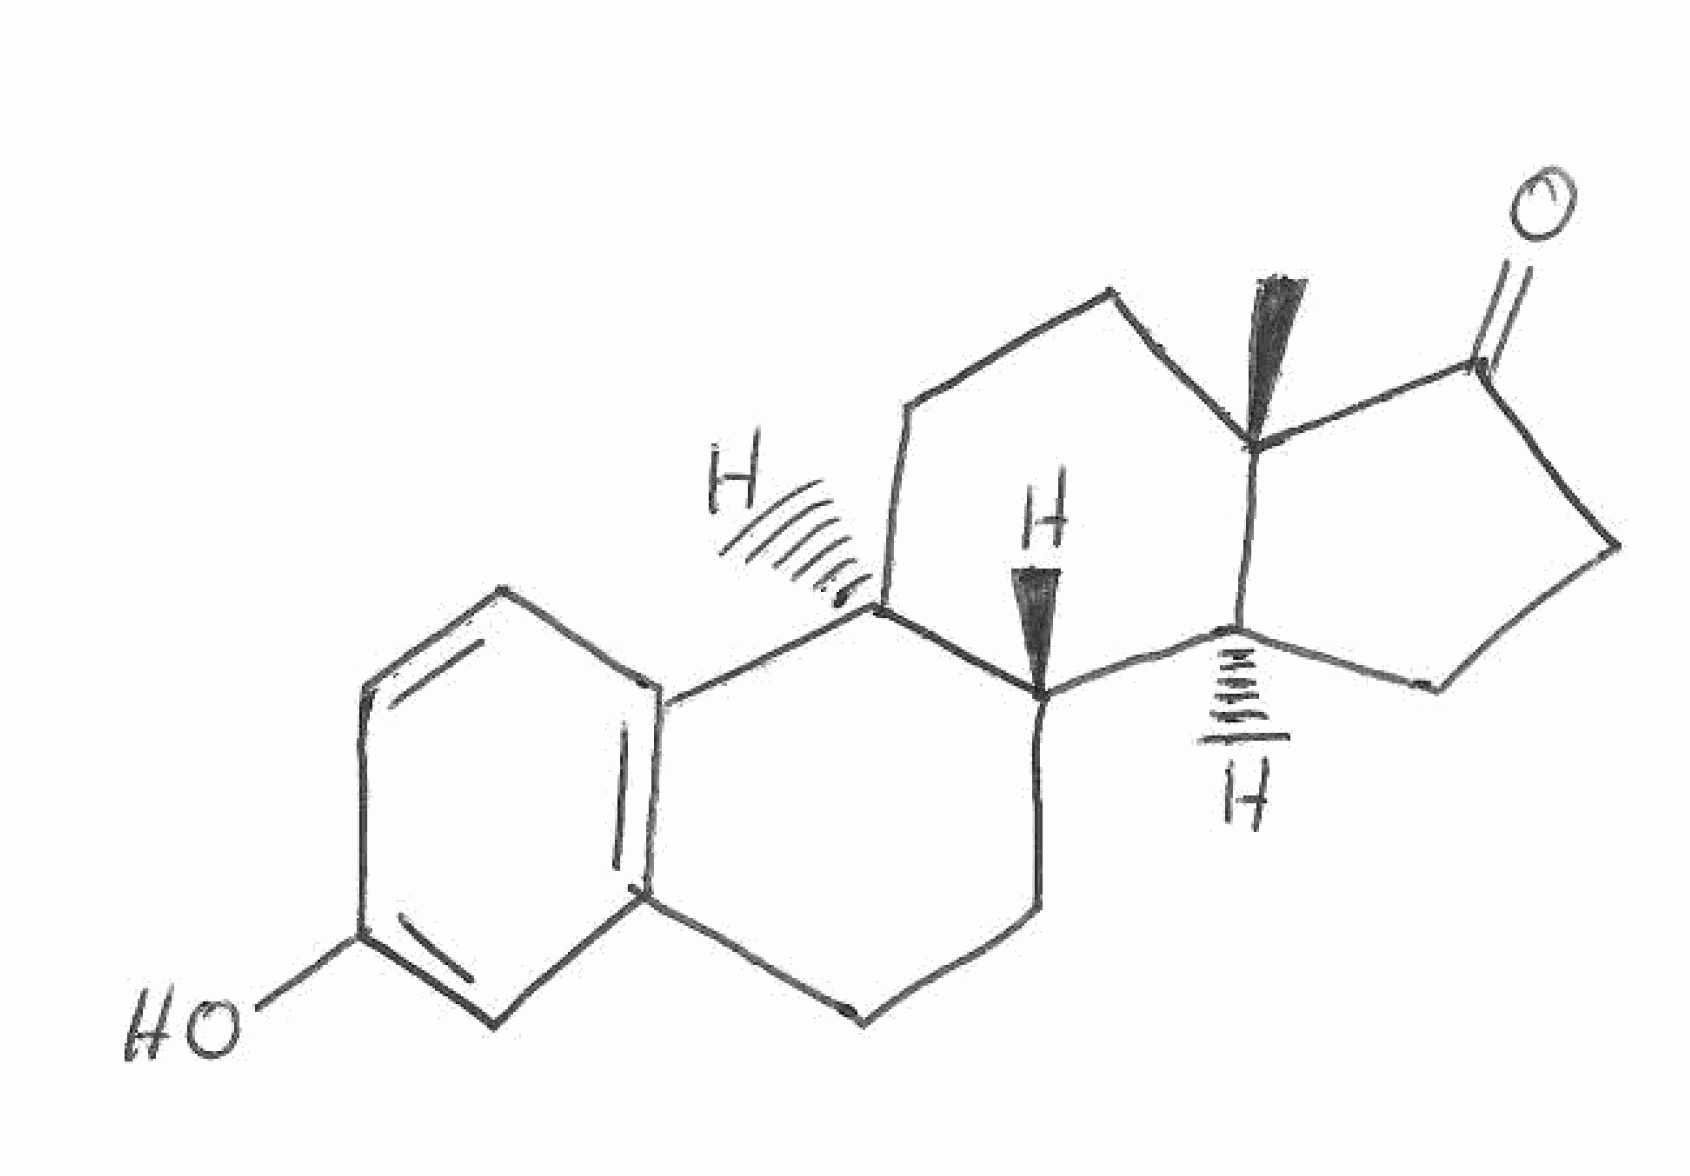
Simplified molecular-input line-entry system (SMILES) notation of the given molecule:
C[C@]12CC[C@H]3[C@H]([C@@H]1CCC2=O)CCC4=C3C=CC(=C4)O